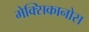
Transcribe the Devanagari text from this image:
मेक्सिकानोस